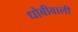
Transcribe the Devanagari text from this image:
धोबीवाली